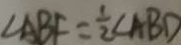
\angle A B F = \frac { 1 } { 2 } \angle A B D